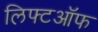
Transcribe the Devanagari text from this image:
लिफ्टऑफ